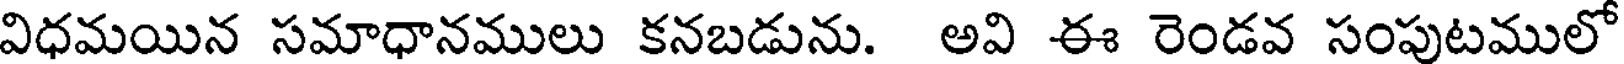
విధమయిన సమాధానములు కనబడును. అవి ఈ రెండవ సంపుటములో